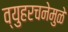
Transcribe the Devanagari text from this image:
व्युहरचनेमुळे